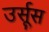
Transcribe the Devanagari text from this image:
उर्सूस